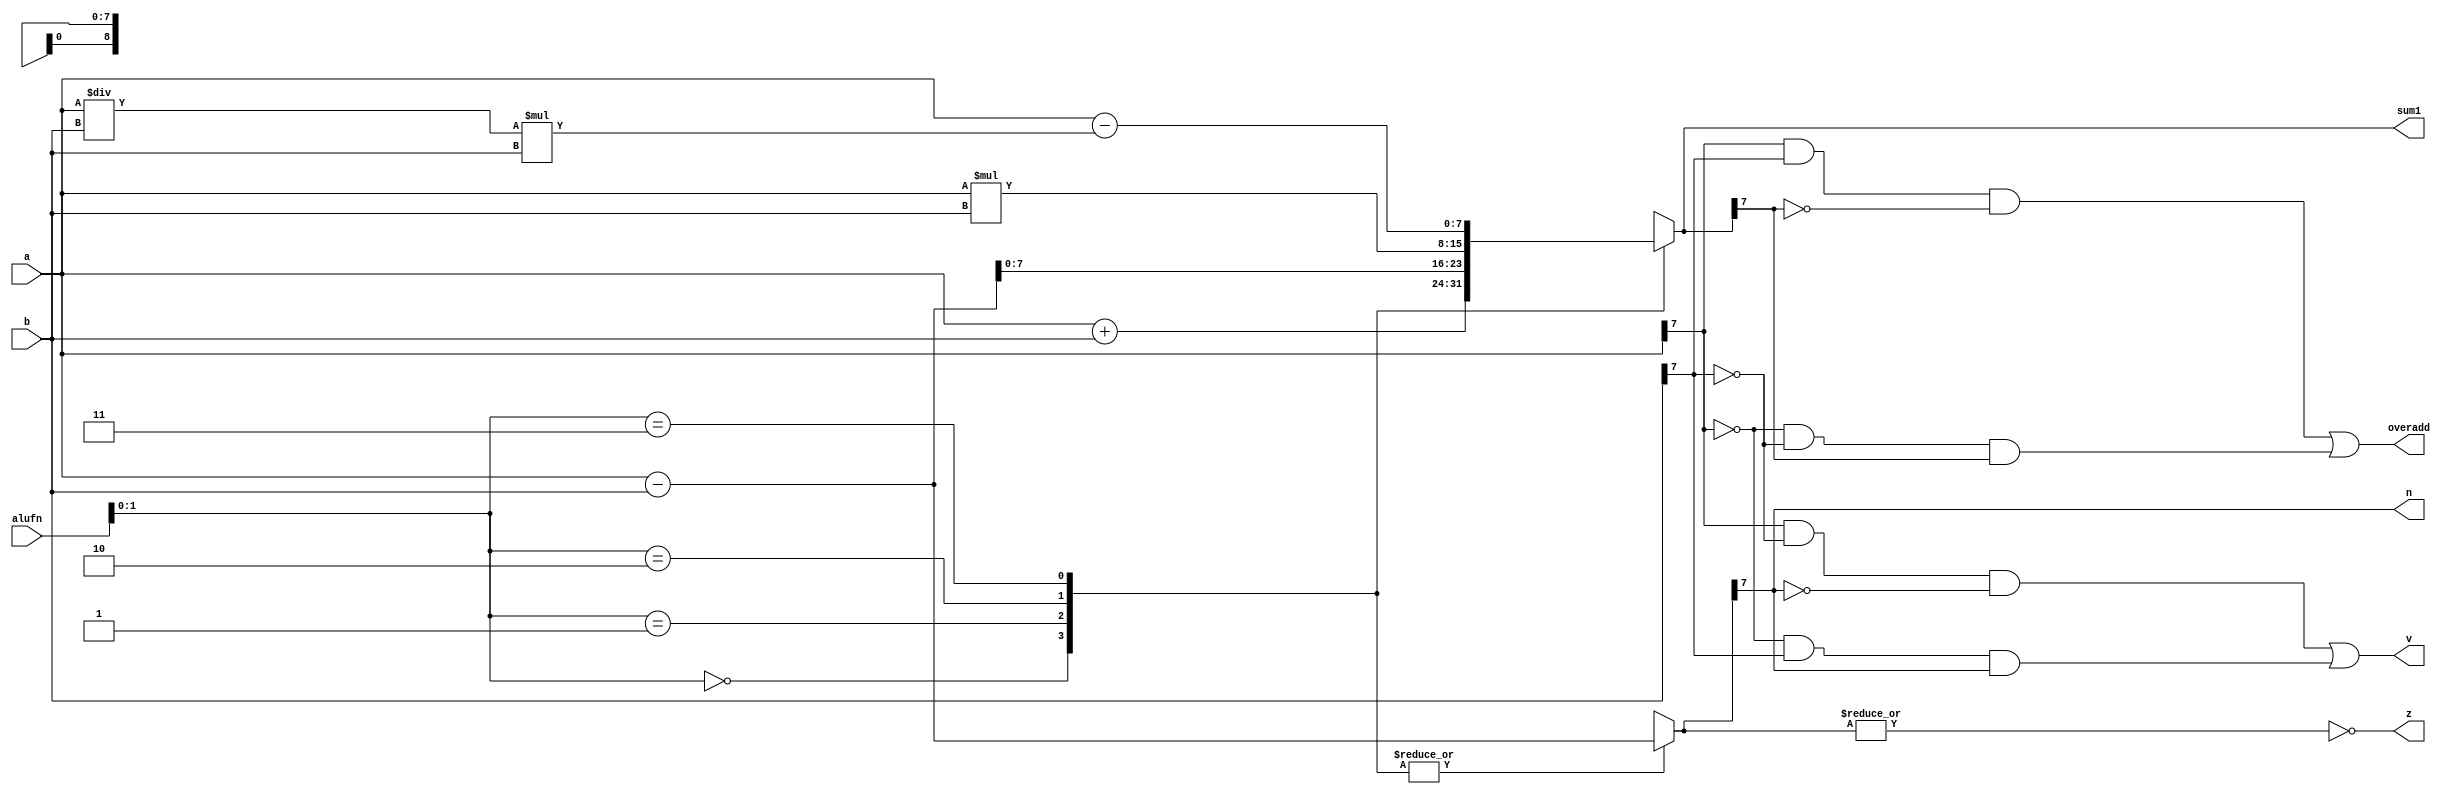
/*
   This file was generated automatically by the Mojo IDE version B1.3.3.
   Do not edit this file directly. Instead edit the original Lucid source.
   This is a temporary file and any changes made to it will be destroyed.
*/

module adder_5 (
    input [5:0] alufn,
    input [7:0] a,
    input [7:0] b,
    output reg [7:0] sum1,
    output reg z,
    output reg v,
    output reg n,
    output reg overadd
  );
  
  
  
  reg [8:0] sum;
  
  reg [8:0] ssum;
  
  always @* begin
    
    case (alufn[0+1-:2])
      2'h0: begin
        ssum = a - b;
        sum = a + b;
      end
      2'h1: begin
        ssum = a - b;
        sum = a - b;
      end
      2'h2: begin
        ssum = a - b;
        sum = a * b;
      end
      2'h3: begin
        ssum = a - b;
        sum = a - (a / b * b);
      end
      default: begin
        ssum = a - b;
        sum = a + b;
      end
    endcase
    sum1 = sum[0+7-:8];
    v = (a[7+0-:1] & ~b[7+0-:1] & (~ssum[7+0-:1])) | ((~a[7+0-:1]) & (b[7+0-:1]) & ssum[7+0-:1]);
    overadd = (a[7+0-:1] & b[7+0-:1] & (~sum[7+0-:1])) | ((~a[7+0-:1]) & (~b[7+0-:1]) & sum[7+0-:1]);
    n = ssum[7+0-:1];
    z = (~|ssum);
  end
endmodule